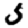
Digit: 5